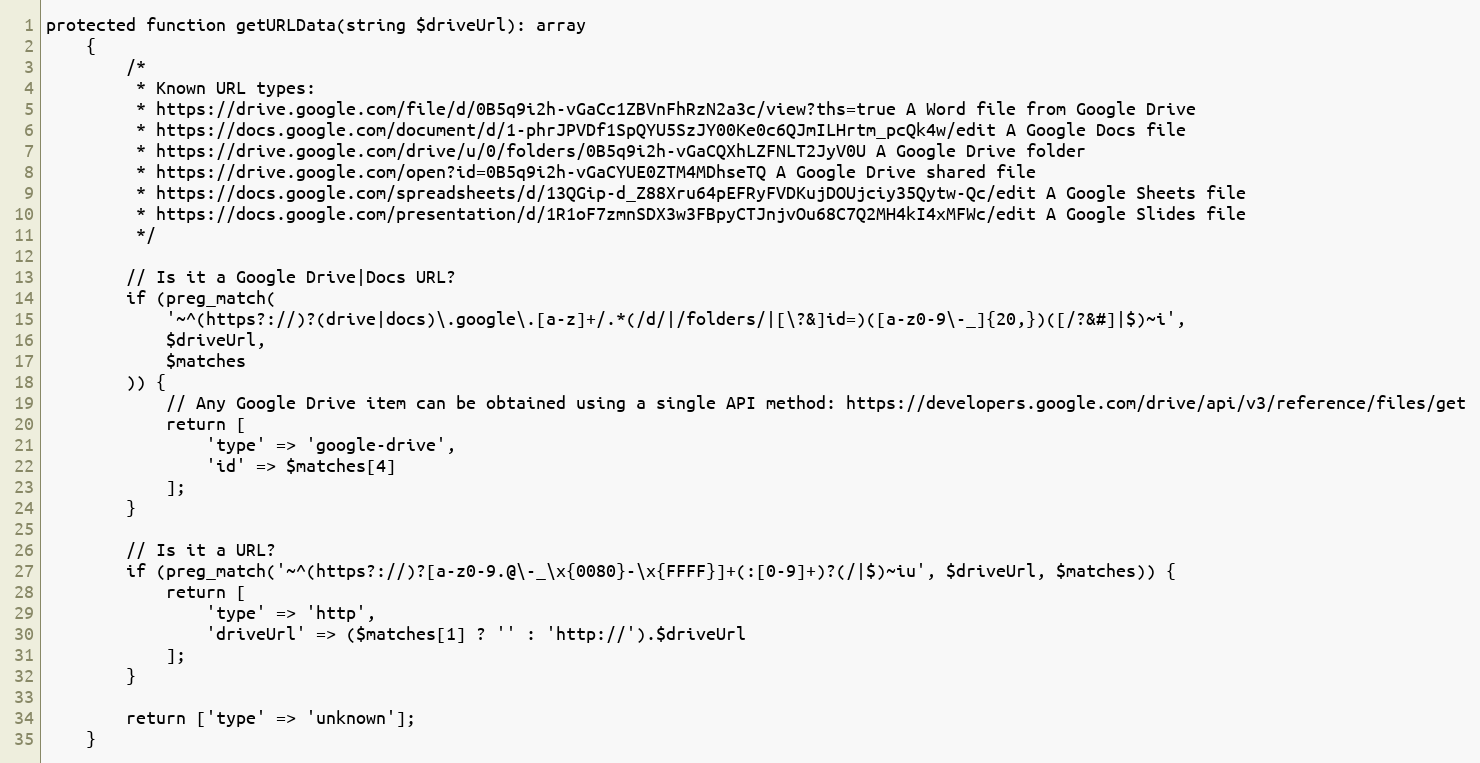
Language: PHP
protected function getURLData(string $driveUrl): array
    {
        /*
         * Known URL types:
         * https://drive.google.com/file/d/0B5q9i2h-vGaCc1ZBVnFhRzN2a3c/view?ths=true A Word file from Google Drive
         * https://docs.google.com/document/d/1-phrJPVDf1SpQYU5SzJY00Ke0c6QJmILHrtm_pcQk4w/edit A Google Docs file
         * https://drive.google.com/drive/u/0/folders/0B5q9i2h-vGaCQXhLZFNLT2JyV0U A Google Drive folder
         * https://drive.google.com/open?id=0B5q9i2h-vGaCYUE0ZTM4MDhseTQ A Google Drive shared file
         * https://docs.google.com/spreadsheets/d/13QGip-d_Z88Xru64pEFRyFVDKujDOUjciy35Qytw-Qc/edit A Google Sheets file
         * https://docs.google.com/presentation/d/1R1oF7zmnSDX3w3FBpyCTJnjvOu68C7Q2MH4kI4xMFWc/edit A Google Slides file
         */

        // Is it a Google Drive|Docs URL?
        if (preg_match(
            '~^(https?://)?(drive|docs)\.google\.[a-z]+/.*(/d/|/folders/|[\?&]id=)([a-z0-9\-_]{20,})([/?&#]|$)~i',
            $driveUrl,
            $matches
        )) {
            // Any Google Drive item can be obtained using a single API method: https://developers.google.com/drive/api/v3/reference/files/get
            return [
                'type' => 'google-drive',
                'id' => $matches[4]
            ];
        }

        // Is it a URL?
        if (preg_match('~^(https?://)?[a-z0-9.@\-_\x{0080}-\x{FFFF}]+(:[0-9]+)?(/|$)~iu', $driveUrl, $matches)) {
            return [
                'type' => 'http',
                'driveUrl' => ($matches[1] ? '' : 'http://').$driveUrl
            ];
        }

        return ['type' => 'unknown'];
    }